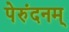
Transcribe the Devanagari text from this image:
पेरुंदनम्